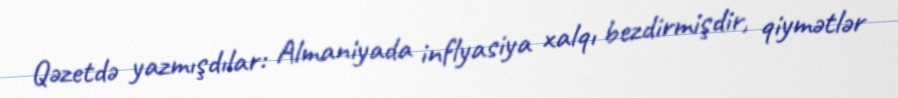
Qəzetdə yazmışdılar: Almaniyada inflyasiya xalqı bezdirmişdir, qiymətlər